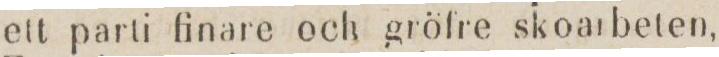
ett parti finare och gröfre skoarbeten,